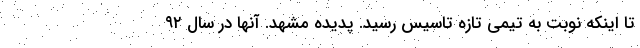
تا اینکه نوبت به تیمی تازه تاسیس رسید. پدیده مشهد. آنها در سال ۹۲